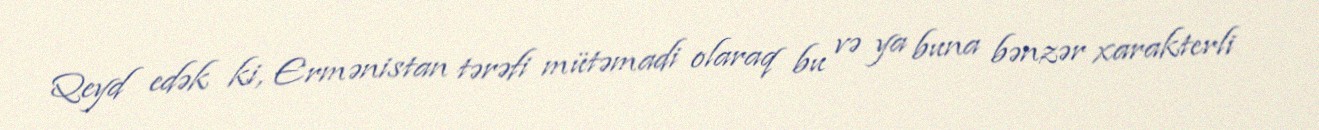
Qeyd edək ki, Ermənistan tərəfi mütəmadi olaraq bu və ya buna bənzər xarakterli